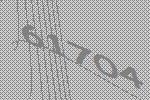
61704